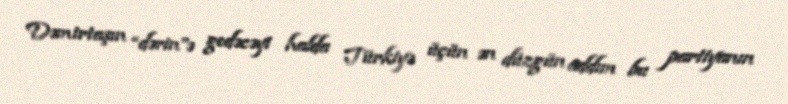
Dəmirtaşın “dərin”ə gedəcəyi halda Türkiyə üçün ən düzgün addım bu partiyanın